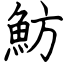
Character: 魴